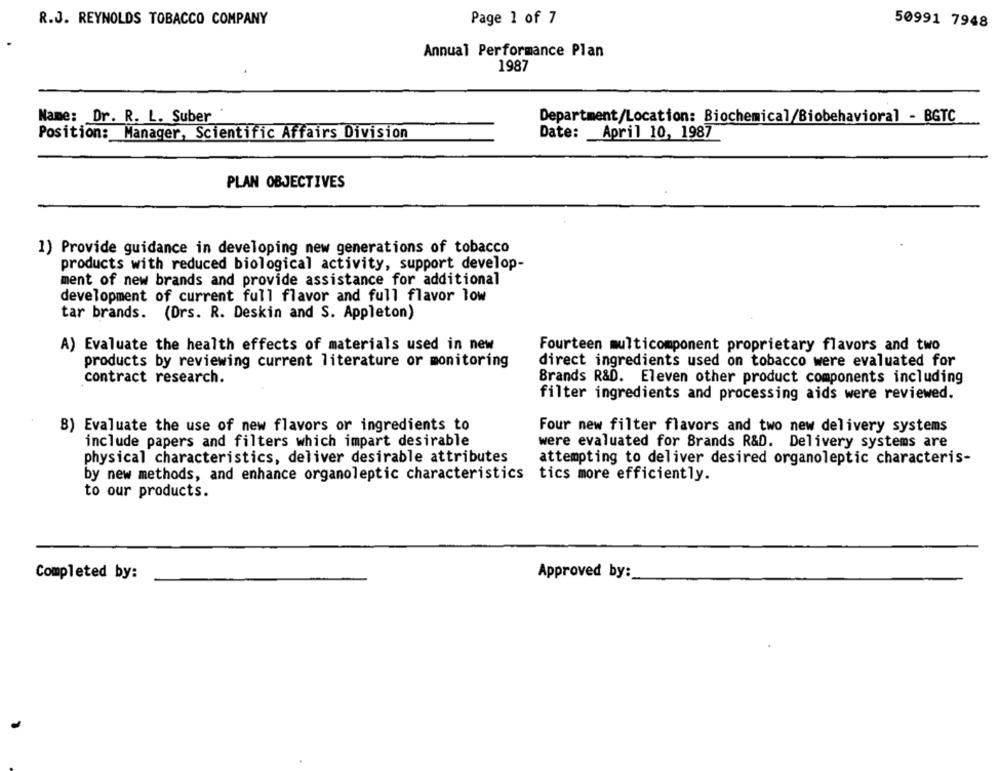
R.J. REYNOLDS TOBACCO COMPANY
Page 1 of 7
50991 7948
Annual Performance Plan
1987
Name: Dr. R. L. Suber
Department/Location: Biochemical/Biobehavioral - BGTC
Position: Manager, Scientific Affairs Division
Date: April 10, 1987
PLAN OBJECTIVES
1) Provide guidance in developing new generations of tobacco
products with reduced biological activity, support develop-
ment of new brands and provide assistance for additional
development of current full flavor and full flavor low
tar brands. (Drs. R. Deskin and S. Appleton)
A) Evaluate the health effects of materials used in new
Fourteen multicomponent proprietary flavors and two
products by reviewing current literature or monitoring
direct ingredients used on tobacco were evaluated for
contract research.
Brands R&D. Eleven other product components including
filter ingredients and processing aids were reviewed.
B) Evaluate the use of new flavors or ingredients to
Four new filter flavors and two new delivery systems
include papers and filters which impart desirable
were evaluated for Brands R&D. Delivery systems are
physical characteristics, deliver desirable attributes
attempting to deliver desired organoleptic characteris-
by new methods, and enhance organoleptic characteristics tics more efficiently.
to our products.
Completed by:
Approved by: